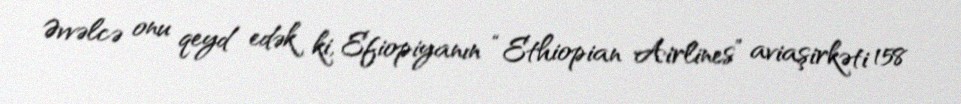
Əvvəlcə onu qeyd edək ki, Efiopiyanın “Ethiopian Airlines” aviaşirkəti 158